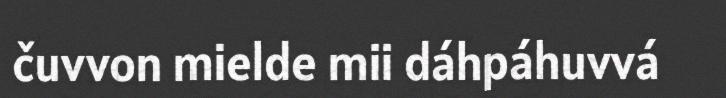
čuvvon mielde mii dáhpáhuvvá